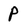
Character: P